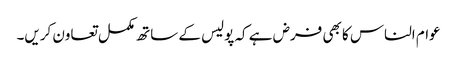
عوام الناس کا بھی فرض ہے کہ پولیس کے ساتھ مکمل تعاون کریں۔